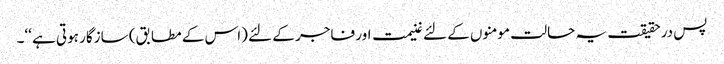
پس درحقیقت یہ حالت مومنوں کے لئے غنیمت اور فاجر کے لئے (اس کے مطابق) سازگار ہوتی ہے ‘‘۔